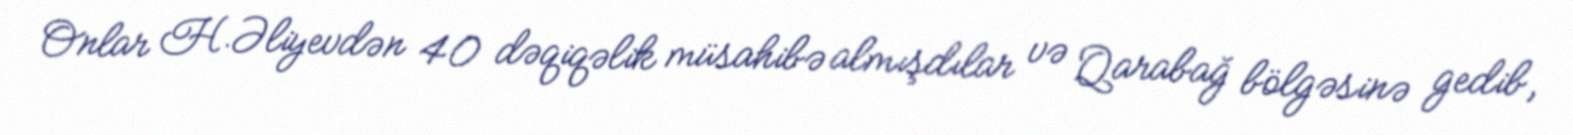
Onlar H.Əliyevdən 40 dəqiqəlik müsahibə almışdılar və Qarabağ bölgəsinə gedib,